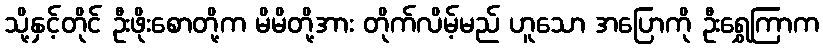
သို့နှင့်တိုင် ဦးဖိုးစောတို့က မိမိတို့အား တိုက်လိမ့်မည် ဟူသော အပြောကို ဦးရွှေကြာက